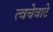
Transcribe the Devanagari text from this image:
त्वचेवाटे